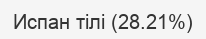
Испан тілі (28.21%)